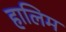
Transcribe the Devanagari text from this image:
हालिम